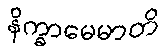
နိက္ခာမေမာတိ